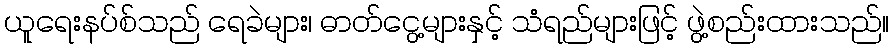
ယူရေးနပ်စ်သည် ရေခဲများ၊ ဓာတ်ငွေ့များနှင့် သံရည်များဖြင့် ဖွဲ့စည်းထားသည်။